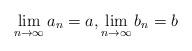
LaTeX: \begin{align*}\lim_{n\to\infty}a_n=a,\lim_{n\to\infty}b_n=b\end{align*}